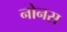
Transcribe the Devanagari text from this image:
नोनस